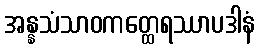
အန္နသံသာဝကတ္ထေရဿာပဒါနံ